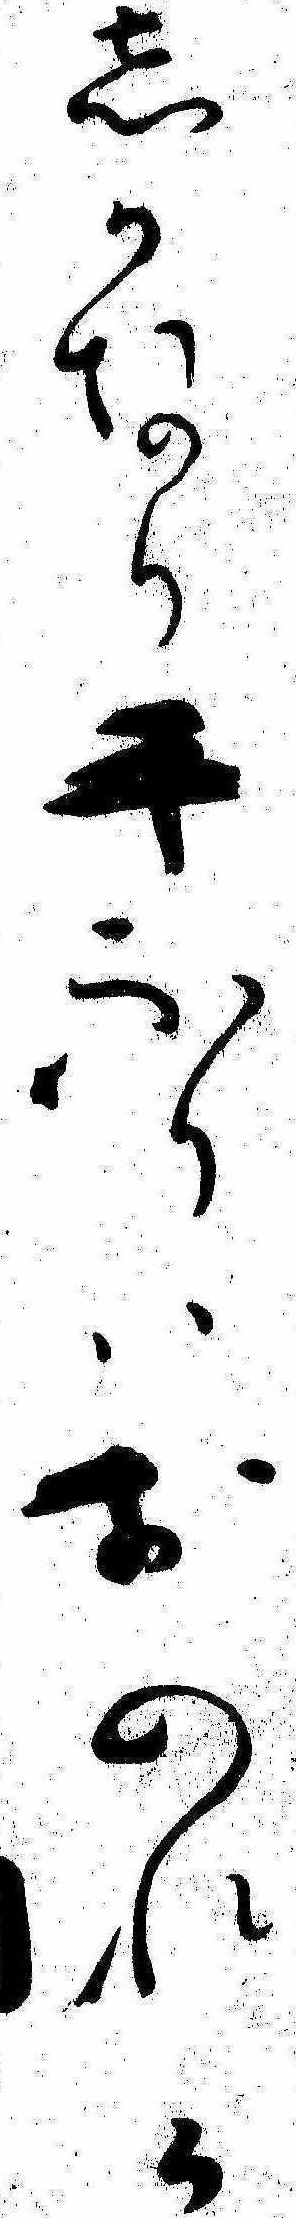
しかなり手ふりはおのれか